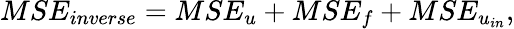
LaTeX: MSE_{inverse}=MSE_{u}+MSE_{f}+MSE_{u_{in}},